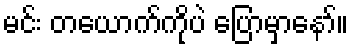
မင်း တယောက်ကိုပဲ ပြောမှာနော်။